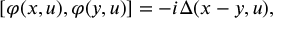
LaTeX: \left[ \varphi ( x , u ) , \varphi ( y , u ) \right] = - i \Delta ( x - y , u ) ,